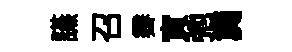
讌召霽寅弛簨